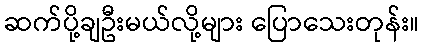
ဆက်ပို့ချဦးမယ်လို့များ ပြောသေးတုန်း။